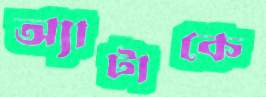
অ্যাটাকে